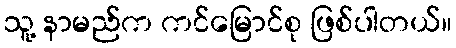
သူ့ နာမည်က ကင်မြောင်စု ဖြစ်ပါတယ်။